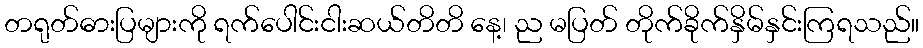
တရုတ်ဓားပြများကို ရက်ပေါင်းငါးဆယ်တိတိ နေ့၊ ည မပြတ် တိုက်ခိုက်နှိမ်နှင်းကြရသည်။